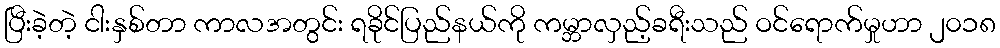
ပြီးခဲ့တဲ့ ငါးနှစ်တာ ကာလအတွင်း ရခိုင်ပြည်နယ်ကို ကမ္ဘာလှည့်ခရီးသည် ဝင်ရောက်မှုဟာ ၂၀၁၈